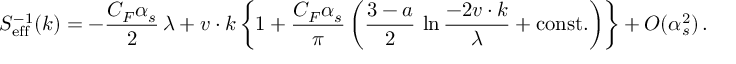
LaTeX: S _ { \mathrm { e f f } } ^ { - 1 } ( k ) = - { \frac { C _ { F } \alpha _ { s } } { 2 } } \, \lambda + v \cdot k \, \bigg \{ 1 + { \frac { C _ { F } \alpha _ { s } } { \pi } } \, \bigg ( { \frac { 3 - a } { 2 } } \, \ln { \frac { - 2 v \cdot k } { \lambda } } + \mathrm { c o n s t . } \bigg ) \bigg \} + O ( \alpha _ { s } ^ { 2 } ) \, .